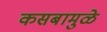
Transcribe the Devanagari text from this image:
कसबामुळे